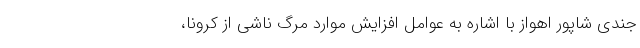
جندی شاپور اهواز با اشاره به عوامل افزایش موارد مرگ ناشی از کرونا،